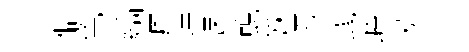
僻色縞墟挂誄蜺妖巧彧峪漢